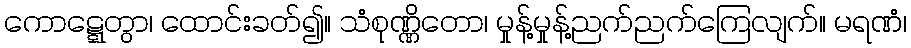
ကောဋ္ဋေတွာ၊ ထောင်းခတ်၍။ သံစုဏ္ဏိတော၊ မှုန့်မှုန့်ညက်ညက်ကြေလျက်။ မရဏံ၊